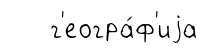
г'еогра́ф'иjа